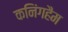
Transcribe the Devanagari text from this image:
कनिंगहैम